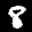
Label: 8